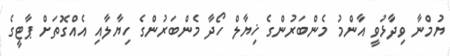
ޔުމްނާ ވިދާޅުވީ އާންމު މެންބަރުންގެ ޚިޔާލް ހޯދާ މެންބަރުންގެ ހިޔާލާއި އެއްގޮތަށް ޕާޓީގެ